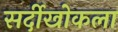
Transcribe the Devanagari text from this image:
सर्दीखोकला